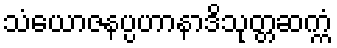
သံယောဇနပ္ပဟာနာဒိသုတ္တဆက္ကံ